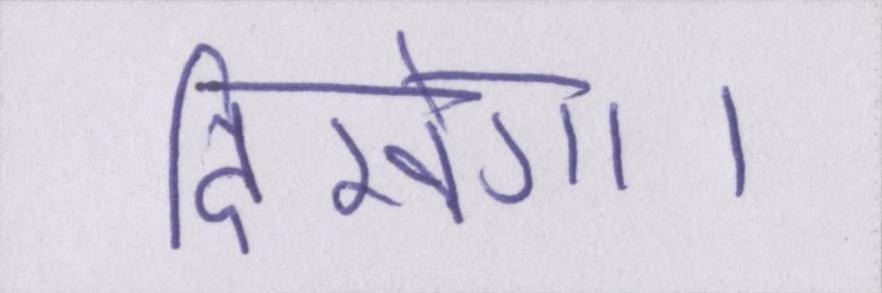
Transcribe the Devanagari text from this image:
दिखेगा।